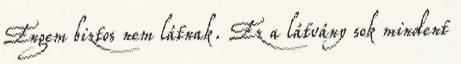
Engem biztos nem látnak. Ez a látvány sok mindent